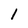
Character: l